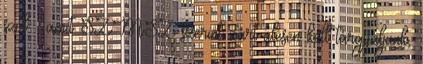
szól – amit SZMSZ szerint zárt ülésen kell tárgyaljunk,